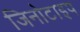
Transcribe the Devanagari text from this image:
जिनोटाइप